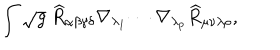
LaTeX: \int \sqrt { g } ~ \widehat { R } _ { \alpha \beta \gamma \delta } \nabla _ { \lambda _ { 1 } } \cdots \nabla _ { \lambda _ { p } } \widehat { R } _ { \mu \nu \lambda \rho } ,